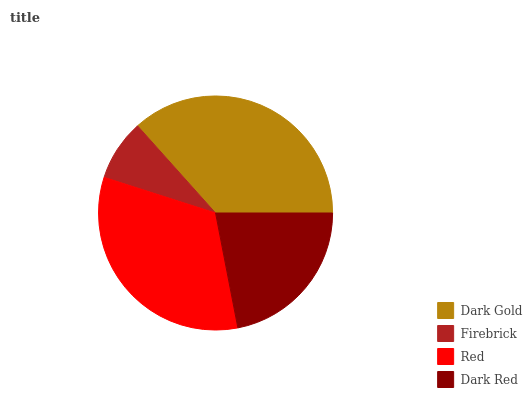
| Dark Gold | Firebrick | Red | Dark Red |
 | --- | --- | --- | --- |
 | 36.6% | 8.45% | 33% | 22% |